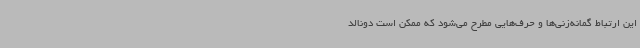
این ارتباط گمانه‌زنی‌ها و حرف‌هایی مطرح می‌شود که ممکن است دونالد